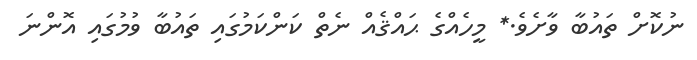
ނުކޮށް ތައުބާ ވާށެވެ.* މީހެއްގެ ޙައްޤެއް ނެތް ކަންކަމުގައި ތައުބާ ވުމުގައި އޮންނަ